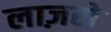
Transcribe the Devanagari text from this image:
लाज़रो